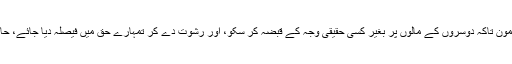
لِتَأْكُلُوا فَرِيقًا مِنْ أَمْوَالِ النَّاسِ بِالإِثْمِ وَأَنْتُمْ تَعْلَمُونَ تاکہ دوسروں کے مالوں پر بغیر کسی حقیقی وجہ کے قبضہ کر سکو، اور رشوت دے کر تمہارے حق میں فیصلہ دیا جائے، حالانکہ تمہیں پتہ بھی ہو کہ تم حق پر نہیں۔